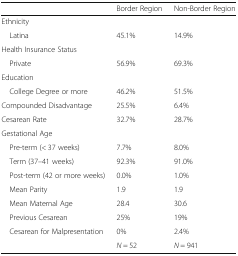
<table><thead><tr><td></td><td><b>Border Region</b></td><td><b>Non-Border Region</b></td></tr></thead><tbody><tr><td colspan="3">Ethnicity</td></tr><tr><td> Latina</td><td>45.1%</td><td>14.9%</td></tr><tr><td colspan="3">Health Insurance Status</td></tr><tr><td> Private</td><td>56.9%</td><td>69.3%</td></tr><tr><td colspan="3">Education</td></tr><tr><td> College Degree or more</td><td>46.2%</td><td>51.5%</td></tr><tr><td>Compounded Disadvantage</td><td>25.5%</td><td>6.4%</td></tr><tr><td>Cesarean Rate</td><td>32.7%</td><td>28.7%</td></tr><tr><td colspan="3">Gestational Age</td></tr><tr><td> Pre-term (&lt; 37 weeks)</td><td>7.7%</td><td>8.0%</td></tr><tr><td> Term (37–41 weeks)</td><td>92.3%</td><td>91.0%</td></tr><tr><td> Post-term (42 or more weeks)</td><td>0.0%</td><td>1.0%</td></tr><tr><td> Mean Parity</td><td>1.9</td><td>1.9</td></tr><tr><td> Mean Maternal Age</td><td>28.4</td><td>30.6</td></tr><tr><td> Previous Cesarean</td><td>25%</td><td>19%</td></tr><tr><td> Cesarean for Malpresentation</td><td>0%</td><td>2.4%</td></tr><tr><td></td><td><i>N</i> = 52</td><td><i>N</i> = 941</td></tr></tbody></table>